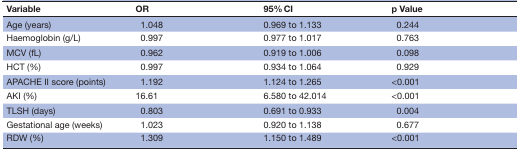
| Variable | OR | 95% CI | p Value |
 | --- | --- | --- | --- |
 | Age (years) | 1.048 | 0.969 to 1.133 | 0.244 |
 | Haemoglobin (g/L) | 0.997 | 0.977 to 1.017 | 0.763 |
 | MCV (fL) | 0.962 | 0.919 to 1.006 | 0.098 |
 | HCT (%) | 0.997 | 0.934 to 1.064 | 0.929 |
 | APACHE II score (points) | 1.192 | 1.124 to 1.265 | <0.001 |
 | AKI (%) | 16.61 | 6.580 to 42.014 | <0.001 |
 | TLSH (days) | 0.803 | 0.691 to 0.933 | 0.004 |
 | Gestational age (weeks) | 1.023 | 0.920 to 1.138 | 0.677 |
 | RDW (%) | 1.309 | 1.150 to 1.489 | <0.001 |